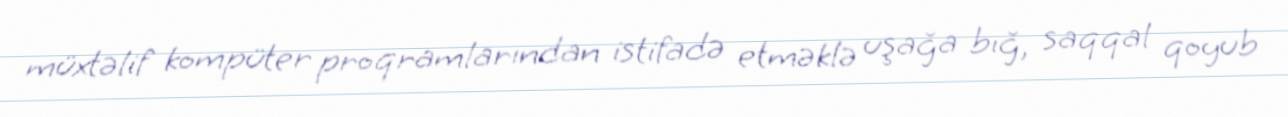
müxtəlif kompüter proqramlarından istifadə etməklə uşağa bığ, saqqal qoyub